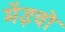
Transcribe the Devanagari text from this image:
मेंइवो